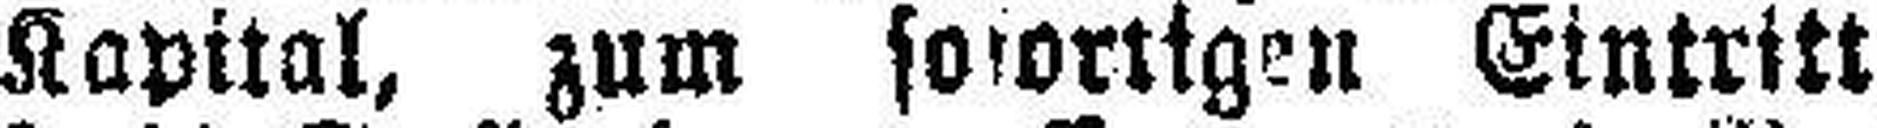
Kapital, zum sofortigen Eintritt